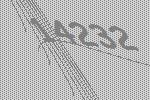
14232